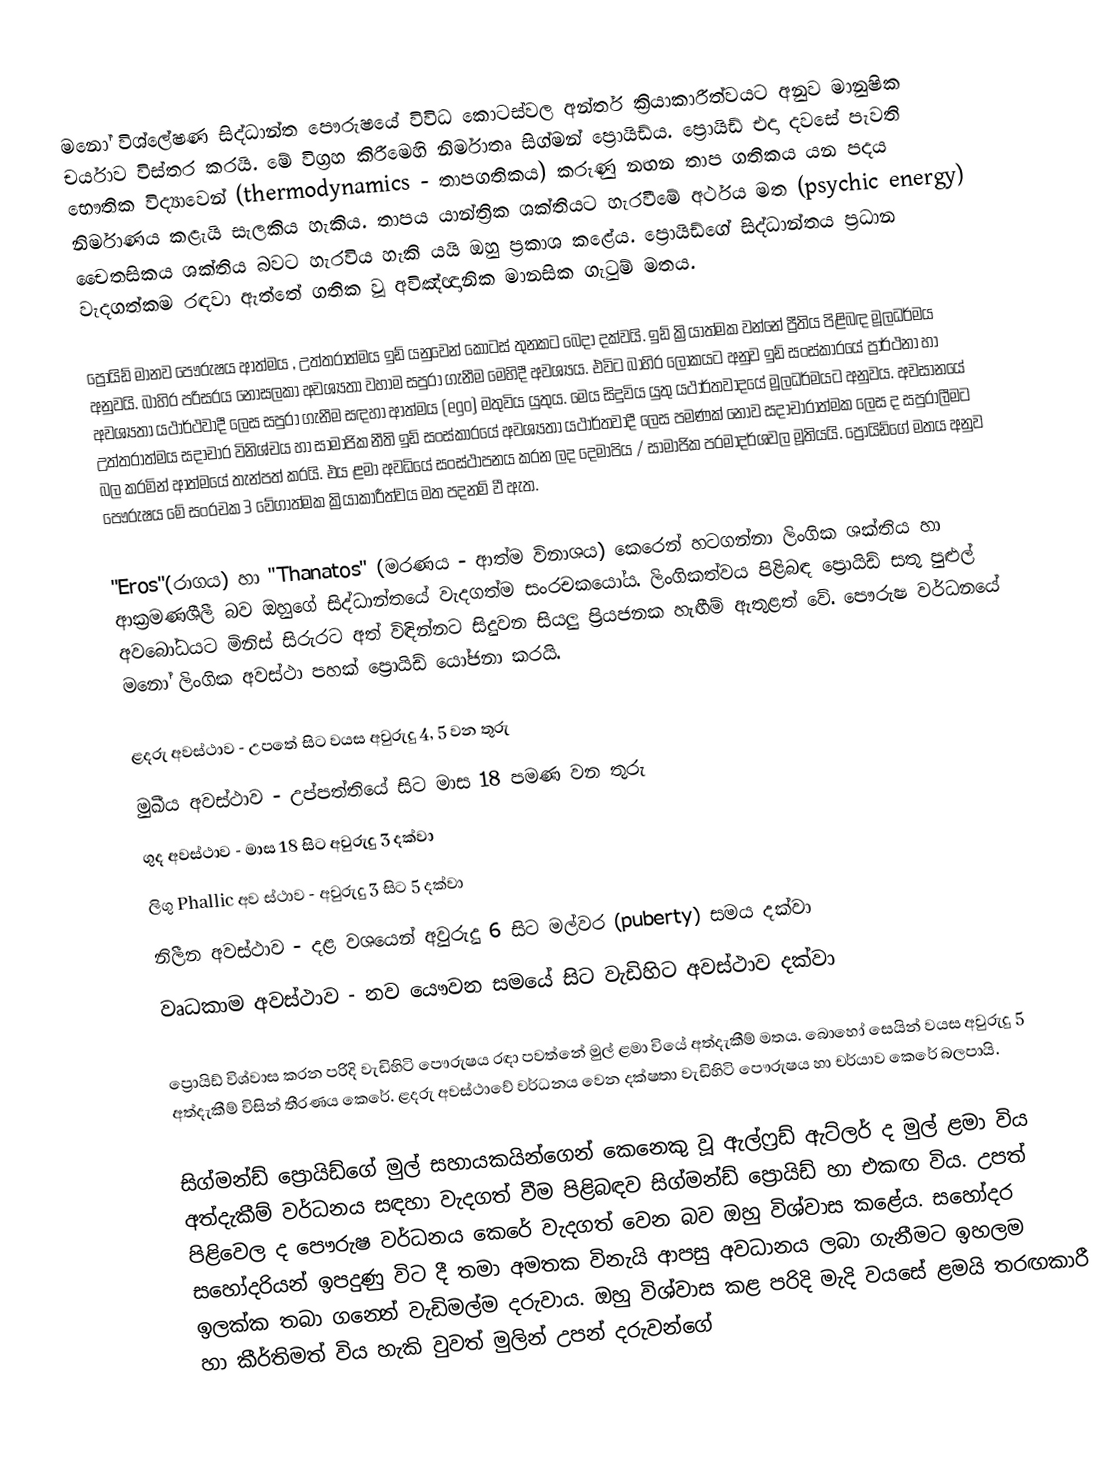
මනෝ විශ්ලේෂණ සිද්ධාන්ත පෞරුෂයේ විවිධ කොටස්වල අන්තර් ක්‍රියාකාරීත්වයට අනුව මානුෂික චර්යාව විස්තර කරයි. මේ විග්‍රහ කිරීමෙහි නිර්මාතෘ සිග්මන් ප්‍රොයිඩ්ය. ප්‍රොයිඩ් එදා දවසේ පැවති භෞතික විද්‍යාවෙන් (thermodynamics - තාපගතිකය) කරුණු නඟන තාප ගතිකය යන පදය නිර්මාණය කළැයි සැලකිය හැකිය. තාපය යාන්ත්‍රික ශක්තියට හැරවීමේ අර්ථය මත (psychic energy) චෛතසිකය ශක්තිය බවට හැරවිය හැකි යයි ඔහු ප්‍රකාශ කළේය. ප්‍රොයිඩ්ගේ සිද්ධාන්තය ප්‍රධාන වැදගත්කම රඳවා ඇත්තේ ගතික වූ අවිඤ්ඥානික මානසික ගැටුම් මතය.

ප්‍රොයිඩ් මානව පෞරුෂය ආත්මය , උත්තරාත්මය ඉඩ් යනුවෙන් කොටස් ‍තුනකට බෙදා දක්වයි. ඉඩ් ක්‍රියාත්මක වන්නේ ප්‍රීතිය පිළිබඳ මූලධර්මය අනුවයි. බාහිර පරිසර‍ය නොසලකා අවශ්‍යතා වහාම සපුරා ගැනීම මෙහිදී අවශ්‍යය. එවිට බාහිර ලෝකයට අනුව ඉඩ් සංස්කාරයේ ප්‍රාර්ථනා හා අවශ්‍යතා යථාර්ථවාදී ලෙස සපුරා ගැනීම සඳහා ආත්මය (ego) මතුවිය යුතුය. මෙය සිදුවිය යුතු යථාර්තවාදයේ මූලධර්මයට අනුවය. අවසානයේ උත්තරාත්මය සදාචාර විනිශ්චය හා සාමාජික නීති ඉඩ් සංස්කාරයේ අවශ්‍යතා යථාර්තවාදී ලෙස පමණක් නොව සදාචාරාත්මක ලෙස ද සපුරාලීමට බල කරමින් ආත්මයේ තැන්පත් කරයි. එය ළමා අවධියේ සංස්ථාපනය කරන ලද දෙමාපිය / සාමාජික පරමාදර්ශවල මූතියයි. ප්‍රොයිඩ්ගේ මතය අනුව පෞරුෂය මේ සංරචක 3 වේගාත්මක ක්‍රියාකාරීත්වය මත පදනම් වී ඇත.

"Eros"(රාගය) හා "Thanatos" (මරණය - ආත්ම විනාශය) කෙරෙන් හටගන්නා ලිංගික ශක්තිය හා ආක්‍රමණශීලී බව ඔහුගේ සිද්ධාන්තයේ වැදගත්ම සංරචකයෝය. ලිංගිකත්වය පිළිබඳ ප්‍රොයිඩ් සතු පුළුල් අවබෝධයට මිනිස් සිරුරට අත් විඳින්නට සිදුවන සියලු ප්‍රියජනක හැඟීම් ඇතුළත් වේ. පෞරුෂ වර්ධනයේ මනෝ ලිංගික අවස්ථා පහක් ප්‍රොයිඩ් යෝජනා කරයි.

ළදරු අවස්ථාව - උපතේ සිට වයස අවුරුදු 4, 5 වන තුරු
මුඛීය අවස්ථාව - උප්පත්තියේ සිට මාස 18 පමණ වන තුරු
ගුද අවස්ථාව -	මාස 18 සිට අවුරුදු 3 දක්වා
ලිගු Phallic අව	ස්ථාව - අවුරුදු 3 සිට 5 දක්වා
නිලීන අවස්ථාව -     දළ වශයෙන් අවුරුදු 6 සිට මල්වර (puberty) සමය දක්වා
වෘධකාම අවස්ථාව - නව යෞවන සමයේ සිට වැඩිහිට අවස්ථාව දක්වා

ප්‍රොයිඩ් විශ්වාස කරන පරිදි වැඩිහිටි පෞරුෂය රඳා පවත්නේ මුල් ළමා වියේ අත්දැකීම් මතය. බොහෝ සෙයින් වයස අවුරුදු 5 අත්දැකීම් විසින් තීරණය කෙරේ. ළදරු අවස්ථාවේ වර්ධනය වෙන දක්ෂතා වැඩිහිටි පෞරුෂය හා චර්යාව කෙරේ බලපායි.

සිග්මන්ඩ් ප්‍රොයිඩ්ගේ මුල් සහායකයින්ගෙන් කෙනෙකු වූ ඇල්ෆ්‍රඩ් ඇට්ලර් ද මුල් ළමා විය අත්දැකීම් වර්ධනය සඳහා වැදගත් වීම පිළිබඳව සිග්මන්ඩ් ප්‍රොයිඩ් හා එකඟ විය. උපත් පිළිවෙල ද පෞරුෂ වර්ධනය කෙරේ වැදගත් වෙන බව ඔහු විශ්වාස කළේය. සහෝදර සහෝදරියන්  ඉපදුණු විට දී තමා අමතක විනැයි ආපසු අවධානය ලබා ගැනීමට ඉහලම ඉලක්ක තබා ගන‍්නේ වැඩිමල්ම දරුවාය. ඔහු විශ්වාස කළ පරිදි මැදි වයසේ ළමයි තරඟකාරී හා කීර්තිමත් විය හැකි වුවත් මුලින් උපන් දරුවන්ගේ